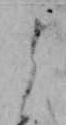
よ